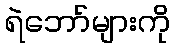
ရဲဘော်များကို